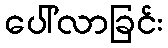
ပေါ်လာခြင်း